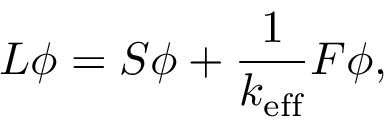
L \phi = S \phi + \frac { 1 } { k _ { \mathrm { e f f } } } F \phi ,